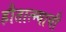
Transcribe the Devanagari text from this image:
हौतात्म्याची